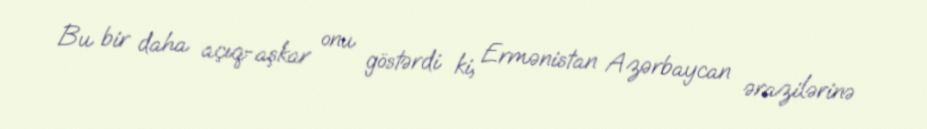
Bu bir daha açıq-aşkar onu göstərdi ki, Ermənistan Azərbaycan ərazilərinə